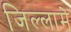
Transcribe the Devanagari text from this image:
जिल्लामे